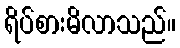
ရိပ်စားမိလာသည်။